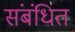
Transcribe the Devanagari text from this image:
संबंधित